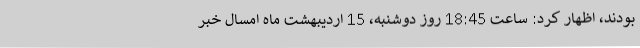
بودند، اظهار کرد: ساعت 18:45 روز دوشنبه، 15 اردیبهشت ماه امسال خبر